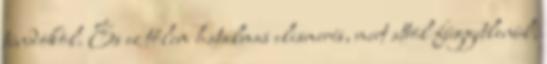
tündököl. És ez tőlem hatalmas elismerés, mert attól függetlenül,